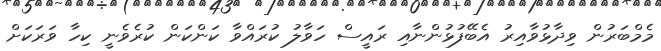
މެމްބަރުން ވިދާޅުވާއިރު އެބޭފުޅުންނާއި ރައީސް ހަވާލު ކުރައްވާ ކަންކަން ކުރެވެނީ ކިހާ ވަރަކަށް